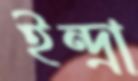
ইন্দ্রা